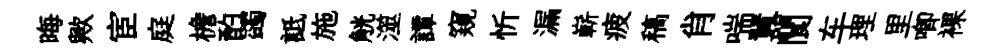
晦歟宦庭檐酌蠲詆施觥澨譚窺忻漏嶄疲稿肖喘囂閬车理里唧裸